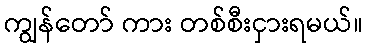
ကျွန်တော် ကား တစ်စီးငှားရမယ်။